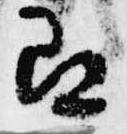
即